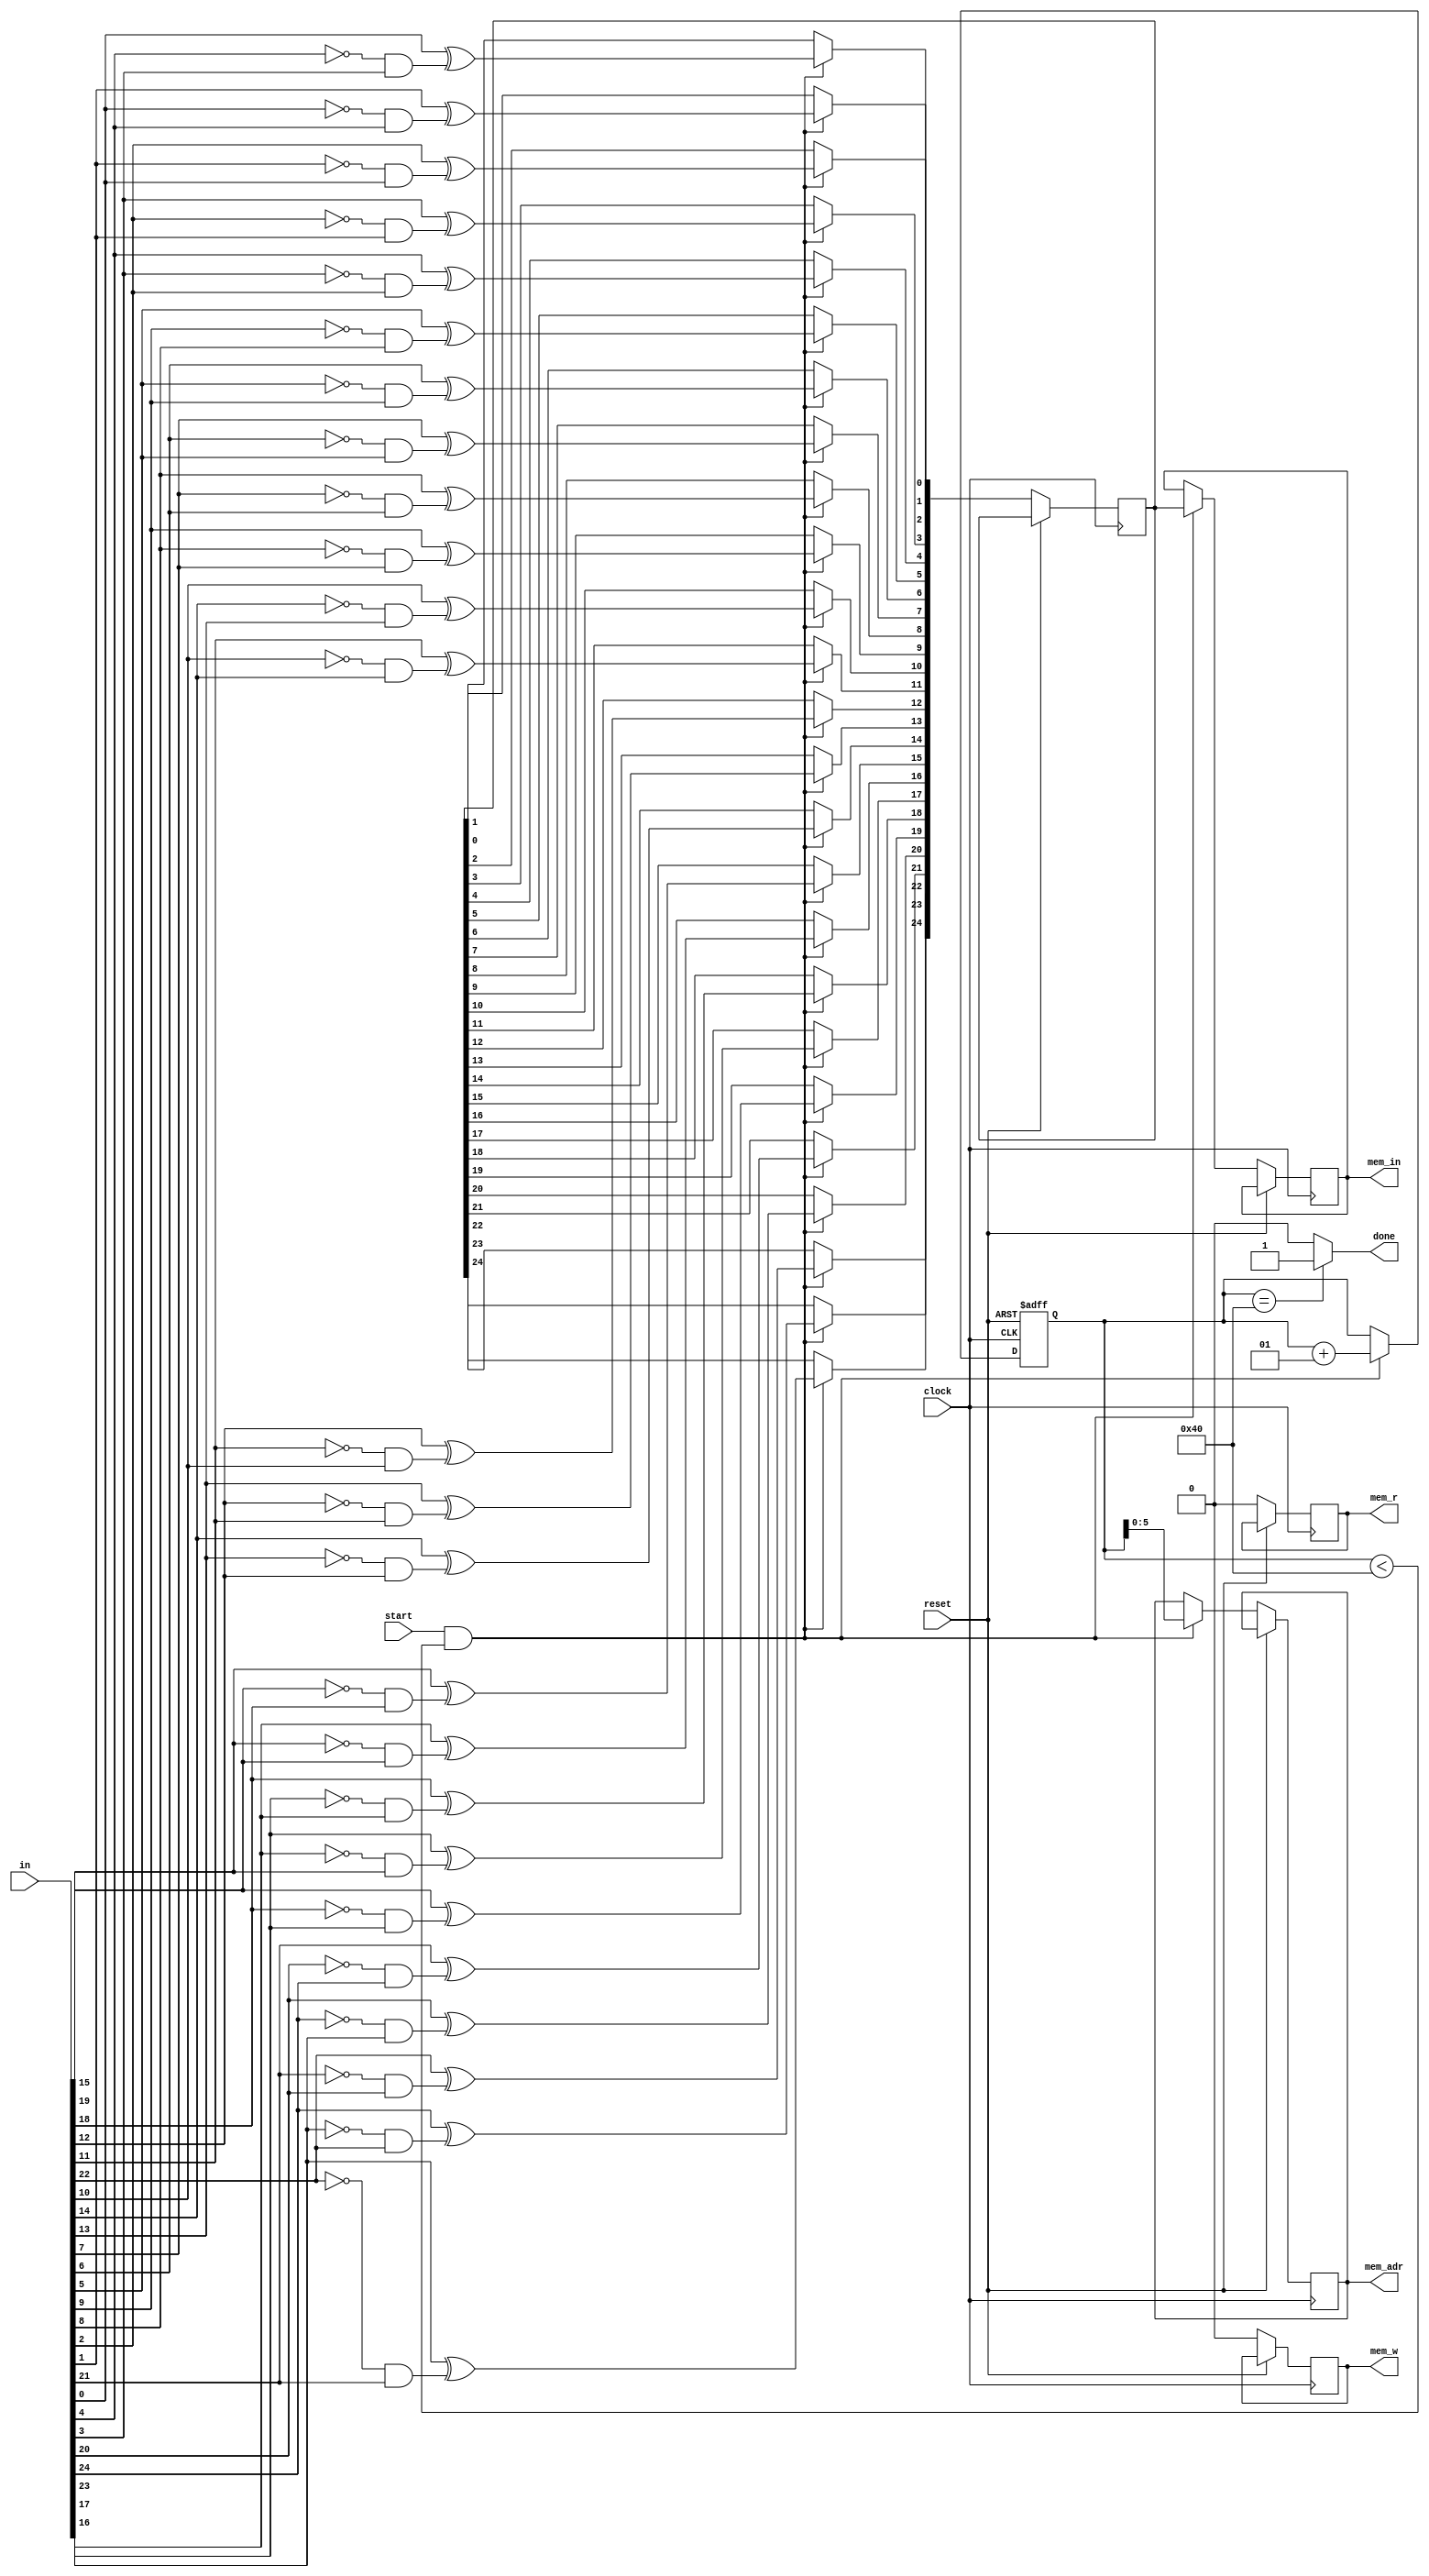
module Revaluate 
(
    input [0:24] in,
    input start,
    input clock,
    input reset,
    output reg done,
    output reg [5:0] mem_adr,
    output reg [0:24] mem_in,
    output reg mem_r,
    output reg mem_w 
);

integer i, y, x1, x2, slice = 0;

reg [0:24] in_temp;
// reg a, b, c;

always @(posedge clock, posedge reset) begin
    if (reset) begin
        slice = 0;
    end
    else if (start && slice < 64) begin
        mem_r = 1;
        mem_adr = slice;
        mem_w = 0;

        for (i = 0 ; i < 25 ; i = i + 1) begin
            y  = i / 5;
            x1 = y * 5 + (i + 1) % 5;
            x2 = y * 5 + (i + 2) % 5;
            #1;
            // a = in[i];
            // b = in[x1];
            // c = in[x2];
            in_temp[i] <= in[i] ^ ((~in[x1]) & (in[x2]));
        end
        #5
        mem_r = 0;
        mem_w = 1;
        #1
        mem_in = in_temp;
        #5
        slice = slice + 1;
        #1
        mem_r = 0;
        mem_w = 0;
    end
    else begin
        mem_r = 0;
        mem_w = 0;
    end
end

assign done = (slice == 64) ? 1 : 0;
endmodule